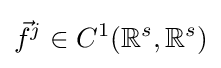
{\vec {f}}^{j}\in C^{1}(\mathbb {R} ^{s},\mathbb {R} ^{s})